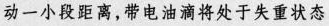
动一小段距离，带电油滴将处于失重状态